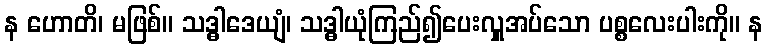
န ဟောတိ၊ မဖြစ်။ သဒ္ဓါဒေယျံ၊ သဒ္ဓါယုံကြည်၍ပေးလှူအပ်သော ပစ္စလေးပါးကို။ န